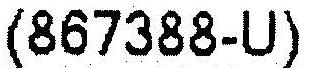
(867388-U)